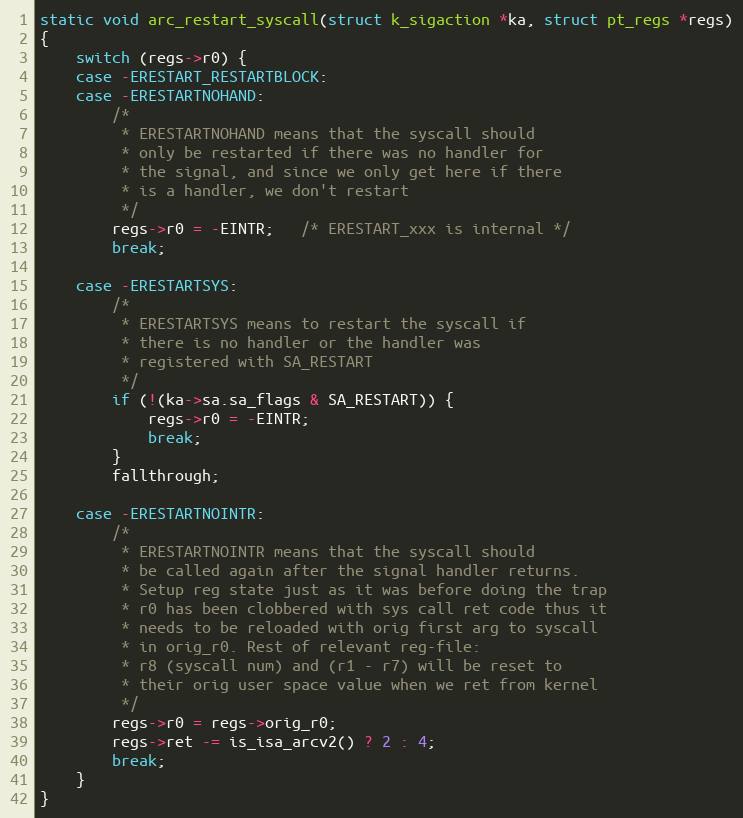
Language: C
static void arc_restart_syscall(struct k_sigaction *ka, struct pt_regs *regs)
{
	switch (regs->r0) {
	case -ERESTART_RESTARTBLOCK:
	case -ERESTARTNOHAND:
		/*
		 * ERESTARTNOHAND means that the syscall should
		 * only be restarted if there was no handler for
		 * the signal, and since we only get here if there
		 * is a handler, we don't restart
		 */
		regs->r0 = -EINTR;   /* ERESTART_xxx is internal */
		break;

	case -ERESTARTSYS:
		/*
		 * ERESTARTSYS means to restart the syscall if
		 * there is no handler or the handler was
		 * registered with SA_RESTART
		 */
		if (!(ka->sa.sa_flags & SA_RESTART)) {
			regs->r0 = -EINTR;
			break;
		}
		fallthrough;

	case -ERESTARTNOINTR:
		/*
		 * ERESTARTNOINTR means that the syscall should
		 * be called again after the signal handler returns.
		 * Setup reg state just as it was before doing the trap
		 * r0 has been clobbered with sys call ret code thus it
		 * needs to be reloaded with orig first arg to syscall
		 * in orig_r0. Rest of relevant reg-file:
		 * r8 (syscall num) and (r1 - r7) will be reset to
		 * their orig user space value when we ret from kernel
		 */
		regs->r0 = regs->orig_r0;
		regs->ret -= is_isa_arcv2() ? 2 : 4;
		break;
	}
}